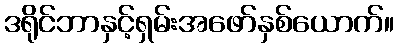
ဒရိုင်ဘာနှင့်ရှမ်းအဖော်နှစ်ယောက်။